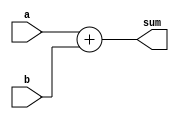
`timescale 1ns / 1ps
//////////////////////////////////////////////////////////////////////////////////
// Company: 
// Engineer: 
// 
// Design Name: 
// Module Name: Verification
// Project Name: 
// Target Devices: 
// Tool Versions: 
// Description: 
// 
// Dependencies: 
// 
// Revision:
// Revision 0.01 - File Created
// Additional Comments:
// 
//////////////////////////////////////////////////////////////////////////////////


module verification_csa(sum, a, b);
output [63:0]sum;
input [63:0]a;
input [63:0]b;

assign{sum} = a + b;
    

endmodule